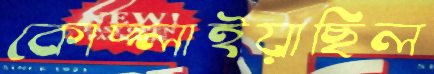
কোদ্‌লাইয়াছিল